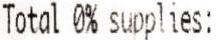
TOTAL 0% SUPPLIES: